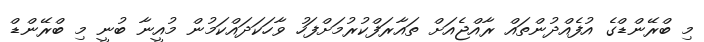
މި ބްރޭންޑްގެ އުފެއްދުންތައް ރާއްޖެއަށް ތައާރަފްކުރުމަށްފަހު ވާހަކަދައްކަމުން މުއީނާ ބުނީ މި ބްރޭންޑް